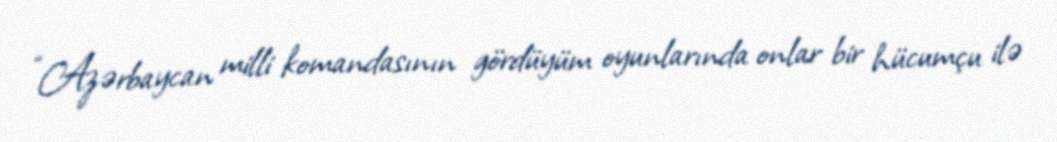
“Azərbaycan milli komandasının gördüyüm oyunlarında onlar bir hücumçu ilə